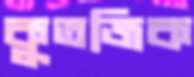
কুতজিক